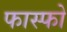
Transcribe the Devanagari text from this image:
फास्‍फो